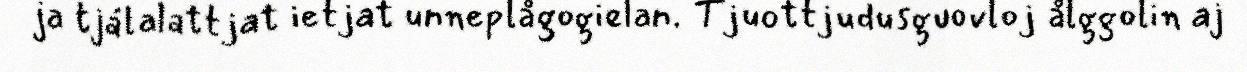
ja tjálalattjat ietjat unneplågogielan. Tjuottjudusguovloj ålggolin aj